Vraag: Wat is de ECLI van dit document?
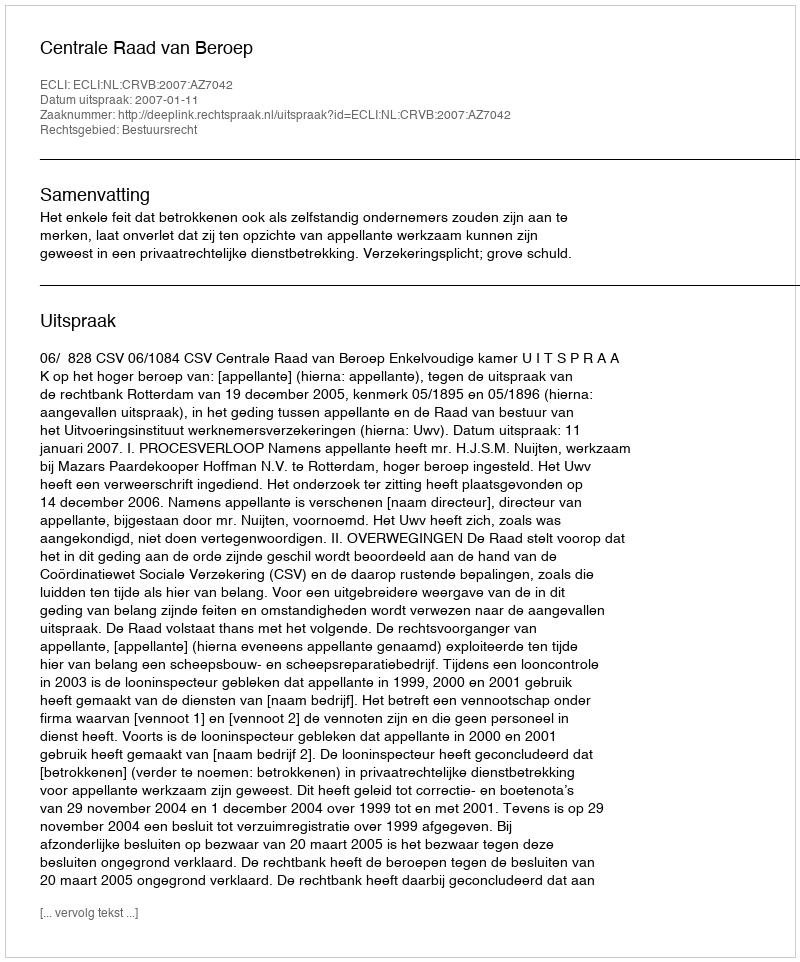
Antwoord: ECLI:NL:CRVB:2007:AZ7042